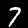
Digit: 7